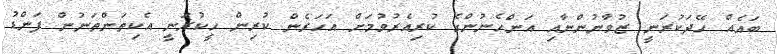
ބައެއް ހޭދަކުރަނީ ޒުވާނުންނާއި އަންހެނުންގެ ކުރިއެރުވުމަށް އަހަރެން ކުރިން ހީކުރަނީ އެކިތަންތަނުން ފަންޑު